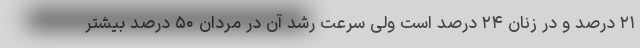
۲۱ درصد و در زنان ۲۴ درصد است ولی سرعت رشد آن در مردان ۵۰ درصد بیشتر